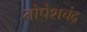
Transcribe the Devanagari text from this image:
तोपेशचंद्र